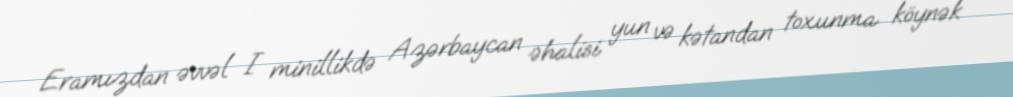
Eramızdan əvvəl I minillikdə Azərbaycan əhalisi yun və kətandan toxunma köynək